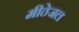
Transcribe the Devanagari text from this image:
मीठेजल